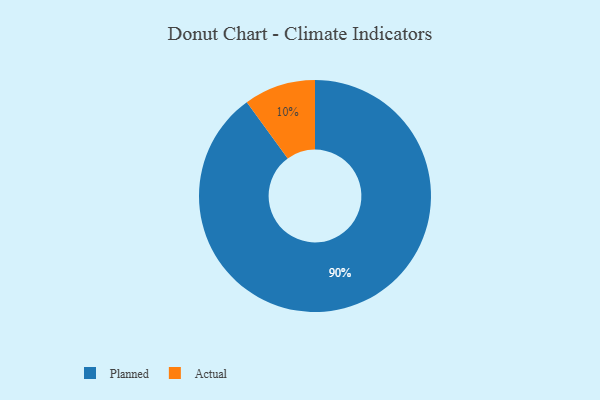
{"axis": {"x": "Category", "y": "Percentage"}, "legend": ["Actual", "Planned"], "data": [{"x": "Planned", "y": 90, "type": "Planned"}, {"x": "Actual", "y": 10, "type": "Actual"}]}